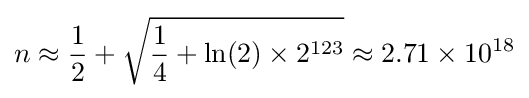
n\approx {\frac {1}{2}}+{\sqrt {{\frac {1}{4}}+\ln(2)\times 2^{123}}}\approx 2.71\times 10^{18}